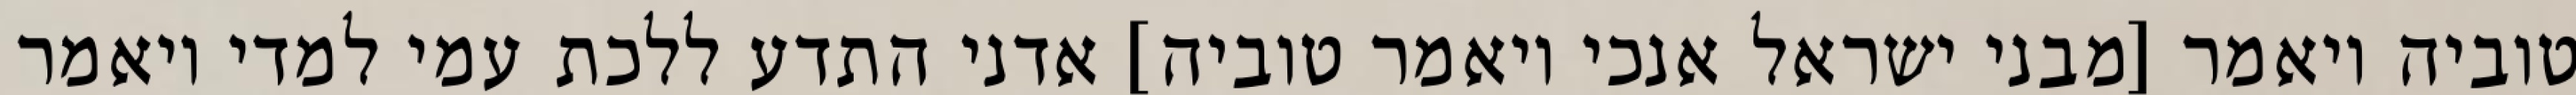
טוביה ויאמר [מבני ישראל אנכי ויאמר טוביה] אדני התדע ללכת עמי למדי ויאמר